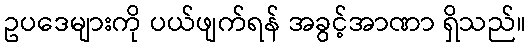
ဥပဒေများကို ပယ်ဖျက်ရန် အခွင့်အာဏာ ရှိသည်။